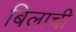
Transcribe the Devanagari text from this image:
बिलाची